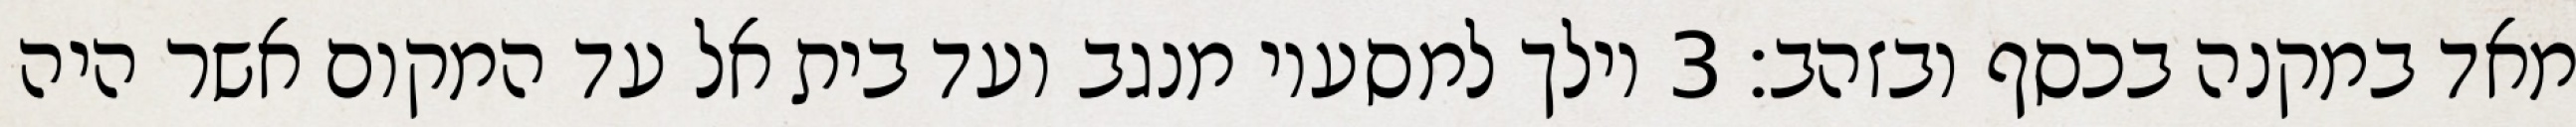
מאד במקנה בכסף ובזהב׃ ‎3‏ וילך למסעיו מנגב ועד בית אל עד המקום אשר היה